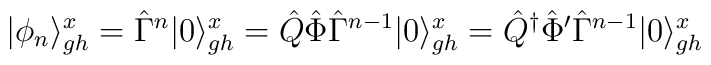
|\phi_n\rangle^x_{gh}=\hat\Gamma^n|0\rangle_{gh}^x=\hat Q\hat\Phi\hat\Gamma^{n-1}|0\rangle_{gh}^x=\hat Q^\dagger\hat\Phi^\prime\hat\Gamma^{n-1}|0\rangle_{gh}^x